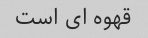
قهوه ای است